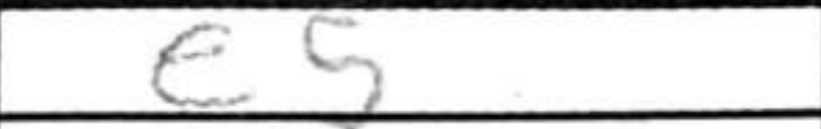
Transcription: e5